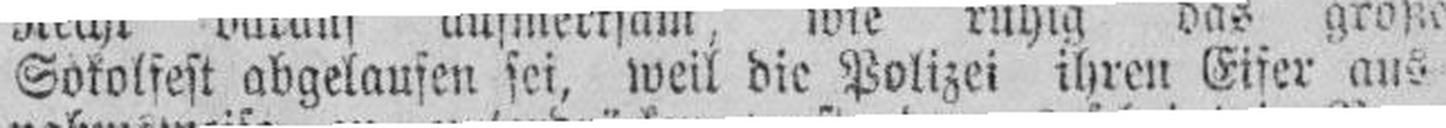
Sokolfest abgelaufen sei, weil die Polizei ihren Eifer aus